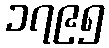
၁၇၉၅